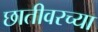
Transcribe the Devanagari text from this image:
छातीवरच्या